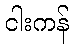
ငါးကန်